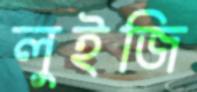
লুইজি